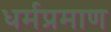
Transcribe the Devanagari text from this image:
धर्मप्रमाण